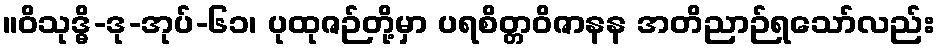
။ဝိသုဒ္ဓိ-ဒု-အုပ်-၆၁၊ ပုထုဇဉ်တို့မှာ ပရစိတ္တဝိဇာနန အတိညာဉ်ရသော်လည်း